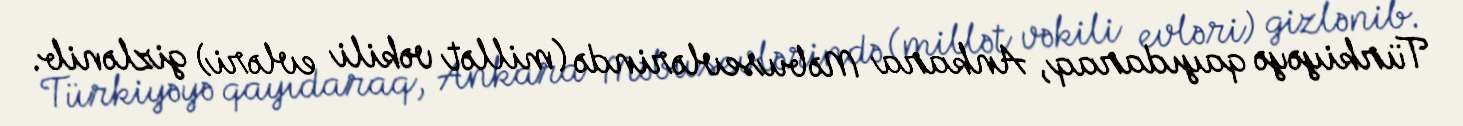
Türkiyəyə qayıdaraq, Ankara Məbusevlərində (millət vəkili evləri) gizlənib.